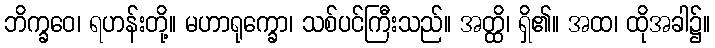
ဘိက္ခဝေ၊ ရဟန်းတို့။ မဟာရုက္ခော၊ သစ်ပင်ကြီးသည်။ အတ္ထိ၊ ရှိ၏။ အထ၊ ထိုအခါ၌။